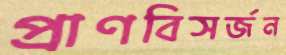
প্রাণবিসর্জন